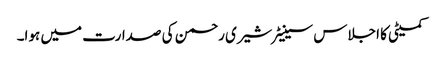
کمیٹی کا اجلاس سینیٹر شیری رحمن کی صدارت میں ہوا۔